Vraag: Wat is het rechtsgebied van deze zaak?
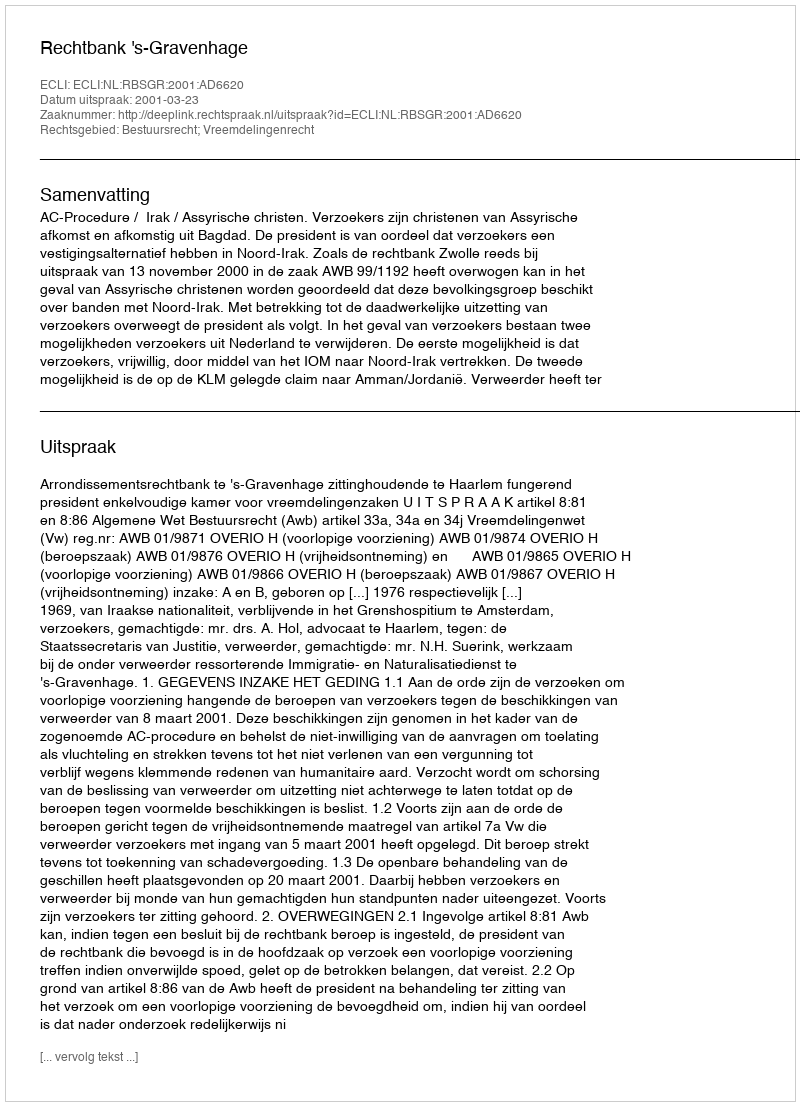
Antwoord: Bestuursrecht; Vreemdelingenrecht